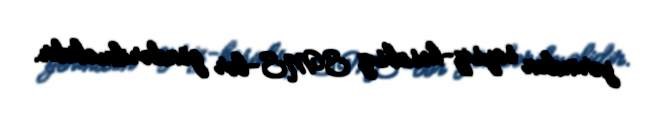
yerindən saysiz-hesabsız SMS-lər göndərilməlidir.